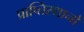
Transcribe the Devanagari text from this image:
प्राप्तिस्थानों